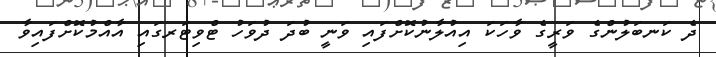
ދެ ކަނބަލުންގެ ވަރީގެ ވާހަކަ އިއުލާނުކޮށްފައި ވަނީ ބުދަ ދުވަހު ޓްވިޓަރގައި އާއްމުކޮށްފައިވާ